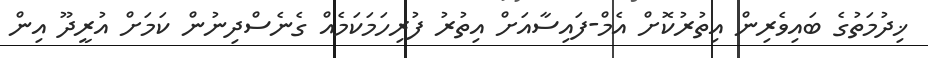
ޚިދުމަތުގެ ބައިވެރިން އިތުރުކޮށް އެމް-ފައިސާއަށް އިތުރު ފުރިހަމަކަމެއް ގެނެސްދިނުން ކަމަށް އުރީދޫ އިން